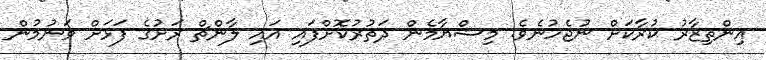
އިންތިޒާރު ކުރާކަށް ނުޖެހުނެވެ. މިޝްޔާމެން ދަތުރުކޮށްފައި އައި ލާންޗް ރަށުގެ ފަޅަށް ވަނުމުން